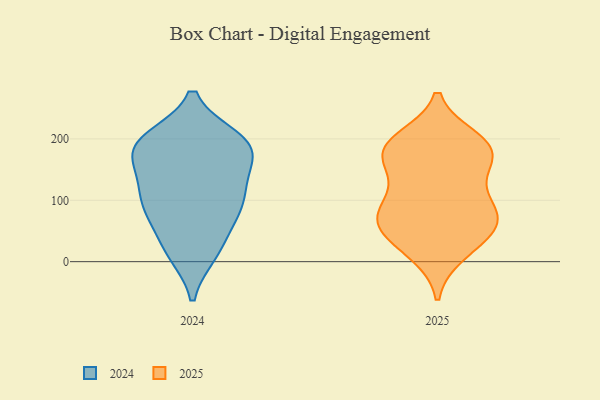
{"axis": {"x": "Population (Million)", "y": "Value"}, "legend": ["2024", "2025"], "data": [{"x": "", "y": 63, "type": "2025"}, {"x": "", "y": 93, "type": "2025"}, {"x": "", "y": 190, "type": "2025"}, {"x": "", "y": 95, "type": "2025"}, {"x": "", "y": 186, "type": "2025"}, {"x": "", "y": 56, "type": "2025"}, {"x": "", "y": 155, "type": "2025"}, {"x": "", "y": 171, "type": "2025"}, {"x": "", "y": 200, "type": "2025"}, {"x": "", "y": 54, "type": "2025"}, {"x": "", "y": 195, "type": "2025"}, {"x": "", "y": 181, "type": "2025"}, {"x": "", "y": 18, "type": "2025"}, {"x": "", "y": 118, "type": "2025"}, {"x": "", "y": 13, "type": "2025"}, {"x": "", "y": 50, "type": "2025"}, {"x": "", "y": 80, "type": "2025"}, {"x": "", "y": 157, "type": "2025"}, {"x": "", "y": 71, "type": "2025"}, {"x": "", "y": 81, "type": "2024"}, {"x": "", "y": 84, "type": "2024"}, {"x": "", "y": 194, "type": "2024"}, {"x": "", "y": 181, "type": "2024"}, {"x": "", "y": 179, "type": "2024"}, {"x": "", "y": 14, "type": "2024"}, {"x": "", "y": 151, "type": "2024"}, {"x": "", "y": 15, "type": "2024"}, {"x": "", "y": 125, "type": "2024"}, {"x": "", "y": 199, "type": "2024"}, {"x": "", "y": 86, "type": "2024"}, {"x": "", "y": 129, "type": "2024"}, {"x": "", "y": 81, "type": "2024"}, {"x": "", "y": 183, "type": "2024"}, {"x": "", "y": 200, "type": "2024"}, {"x": "", "y": 115, "type": "2024"}, {"x": "", "y": 193, "type": "2024"}, {"x": "", "y": 28, "type": "2024"}]}